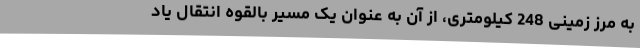
به مرز زمینی 248 کیلومتری، از آن به عنوان یک مسیر بالقوه انتقال یاد